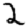
Digit: 2